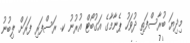
މިދިޔަ ބުރާސްފަތި ދުވަހު ޕެނާމާގެ އަގުބޯޓް އުރުނު ކ. ރަސްފަރި ފަރަށް ލިބުނު